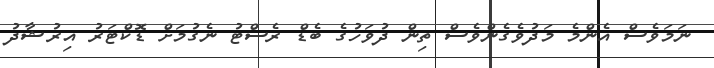
ނަމަވެސް އެންމެ މަދުވެގެންވެސް ތިން ދުވަހުގެ ބެޑް ރެސްޓު ނެގުމަށް ޑޮކްޓަރު އިރުޝާދު